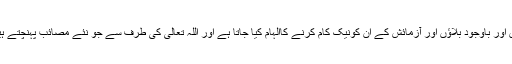
پس وہ اس پر صبر کرتے ہیں اور باوجود بلاؤں اور آزمائش کے ان کونیک کام کرنے کاالہام کیا جاتا ہے اور اللہ تعالیٰ کی طرف سے جو نئے مصائب پہنچتے ہیں وہ اس پر صبر کرتے ہیں۔